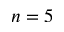
n = 5